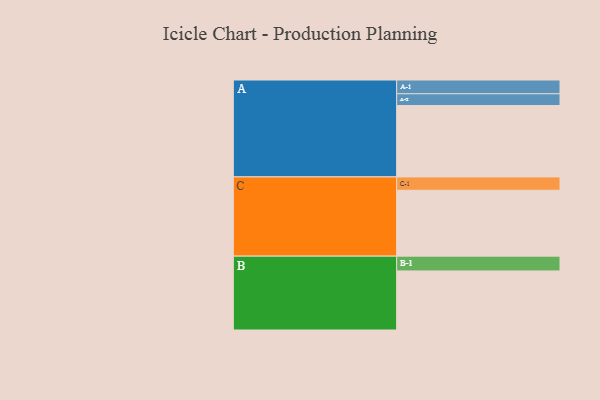
{"axis": {"x": "Segment", "y": "Value"}, "legend": ["", "A", "B", "C"], "data": [{"x": "A", "y": 545, "type": ""}, {"x": "B", "y": 451, "type": ""}, {"x": "C", "y": 503, "type": ""}, {"x": "A-1", "y": 105, "type": "A"}, {"x": "A-2", "y": 90, "type": "A"}, {"x": "B-1", "y": 113, "type": "B"}, {"x": "C-1", "y": 102, "type": "C"}]}